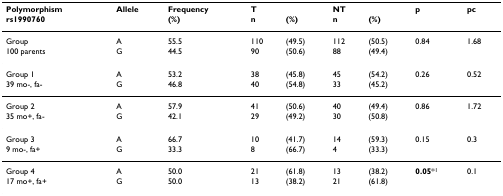
| Polymorphism | Allele | Frequency | T |  | NT |  | p | pc |
 | rs1990760 |  | (%) | n | (%) | n | (%) |  |  |
 | --- | --- | --- | --- | --- | --- | --- | --- | --- |
 | Group | A | 55.5 | 110 | (49.5) | 112 | (50.5) | 0.84 | 1.68 |
 | 100 parents | G | 44.5 | 90 | (50.6) | 88 | (49.4) |  |  |
 | Group 1 | A | 53.2 | 38 | (45.8) | 45 | (54.2) | 0.26 | 0.52 |
 | 39 mo-, fa- | G | 46.8 | 40 | (54.8) | 33 | (45.2) |  |  |
 | Group 2 | A | 57.9 | 41 | (50.6) | 40 | (49.4) | 0.86 | 1.72 |
 | 35 mo+, fa- | G | 42.1 | 29 | (49.2) | 30 | (50.8) |  |  |
 | Group 3 | A | 66.7 | 10 | (41.7) | 14 | (59.3) | 0.15 | 0.3 |
 | 9 mo-, fa+ | G | 33.3 | 8 | (66.7) | 4 | (33.3) |  |  |
 | Group 4 | A | 50.0 | 21 | (61.8) | 13 | (38.2) | 0.05*1 | 0.1 |
 | 17 mo+, fa+ | G | 50.0 | 13 | (38.2) | 21 | (61.8) |  |  |